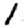
Digit: 1